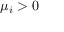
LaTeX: \mu _ { i } > 0